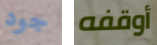
جود أوقفه